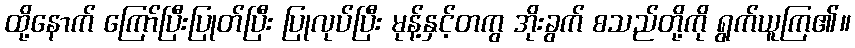
ထို့နောက် ကြော်ပြီးပြုတ်ပြီး ပြုလုပ်ပြီး မုန့်နှင့်တကွ အိုးခွက် စသည်တို့ကို ရွက်ယူကြ၏။